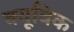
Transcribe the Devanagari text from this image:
क्यूविक